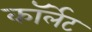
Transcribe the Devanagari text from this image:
कॉर्लेट